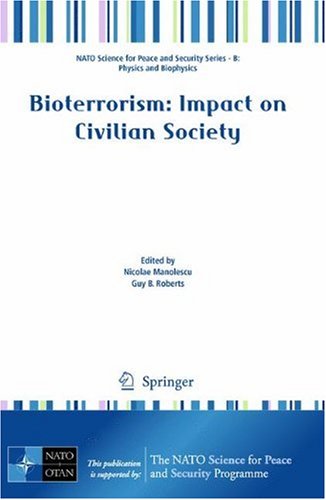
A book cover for Bioterrorism: Impact on Civilian Society (NATO Science for Peace and Security Series B: Physics and Biophysics); Medical Books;